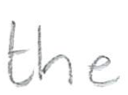
Text: the
Cross-out: clean
Writing tool: pencil